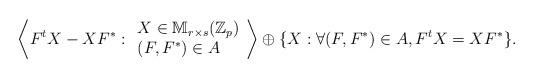
LaTeX: \begin{align*}\left\langle F^t X-XF^* :\begin{array}{l} X\in\mathbb{M}_{r\times s}(\mathbb{Z}_p)\\(F,F^*)\in A\end{array}\right\rangle\oplus\{X:\forall (F,F^*)\in A, F^tX=XF^*\}.\end{align*}